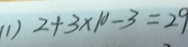
( 1 ) 2 + 3 \times 1 0 - 3 = 2 9